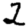
Digit: 2